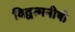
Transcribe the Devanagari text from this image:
विद्वत्मनीषी